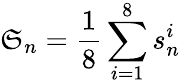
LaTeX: \mathfrak{S}_{n}=\frac{{1}}{{8}}\sum_{i=1}^{8}s_{n}^{i}